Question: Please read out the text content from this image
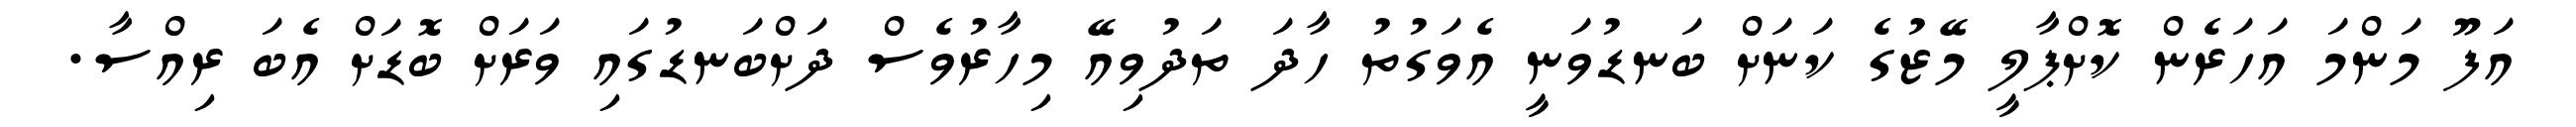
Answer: އަފޫ މަންމަ އަހަރެން ކޮށްޕާލީ މޭޒުގެ ކަނަށް ބަނޑުވަނީ އެވަގުތު ހާދަ ތަދުވިއޭ މިހާރުވެސް ދަށްބަނޑުގައި ވަރަށް ބޮޑަށް އެބަ ރިއްސާ.